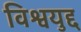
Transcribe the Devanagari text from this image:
विश्वयुद्द